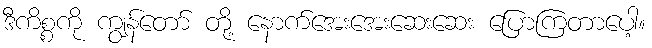
ဒီကိစ္စကို ကျွန်တော် တို့ နောက်အေးအေးဆေးဆေး ပြောကြတာပေါ့။